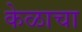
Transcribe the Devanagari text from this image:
केळाचा